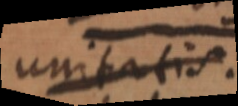
unitatis.